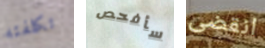
تكلفته سأفحص انقضى